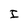
Character: I